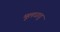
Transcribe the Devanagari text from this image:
मूलधातु